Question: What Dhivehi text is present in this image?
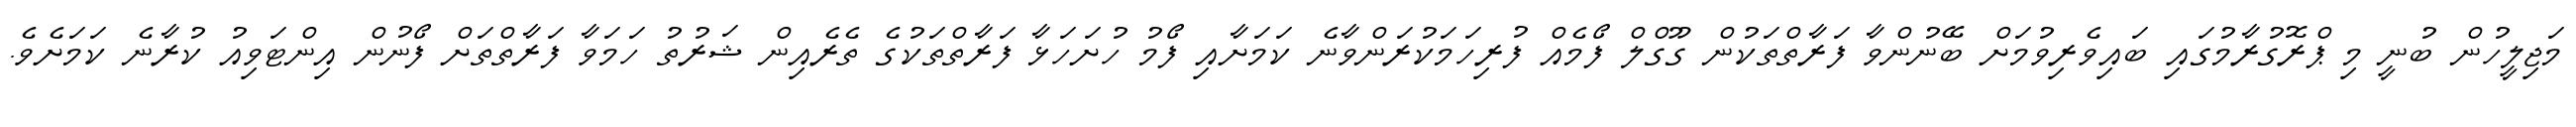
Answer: މަޖިލީހުން ބުނީ މި ޕްރޮގުރާމުގައި ބައިވެރިވުމަށް ބޭނުންވާ ފަރާތްތަކުން ގޫގްލް ފޯމެއް ފުރިހަމަކުރަންވާނެ ކަމަށާއި ފޯމު ހުށަހަޅާ ފަރާތްތަކުގެ ތެރެއިން ޝަރުތު ހަމަވާ ފަރާތްތަށް ފޯނުން އިންޓަވިއު ކުރާނެ ކަމަށެވެ.